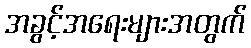
အခွင့်အရေးများအတွက်